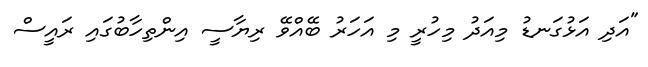
"އަދި އަޅުގަނޑު މިއަދު މިހުރީ މި އަހަރު ބޭއްވޭ ރިޔާސީ އިންތިހާބުގައި ރައީސް